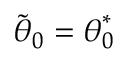
\tilde { { \boldsymbol { \theta } } } _ { 0 } = { \boldsymbol { \theta } } _ { 0 } ^ { * }